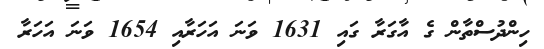
ހިންދުސްތާން ގެ އާގަރާ ގައި 1631 ވަނަ އަހަރާއި 1654 ވަނަ އަހަރާ